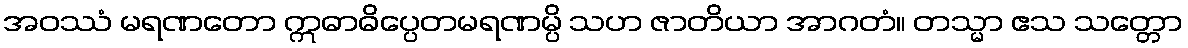
အဝဿံ မရဏတော ဣဓာဓိပ္ပေတမရဏမ္ပိ သဟ ဇာတိယာ အာဂတံ။ တသ္မာ ဧသ သတ္တော